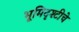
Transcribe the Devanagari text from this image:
भूमिदृश्टीचे